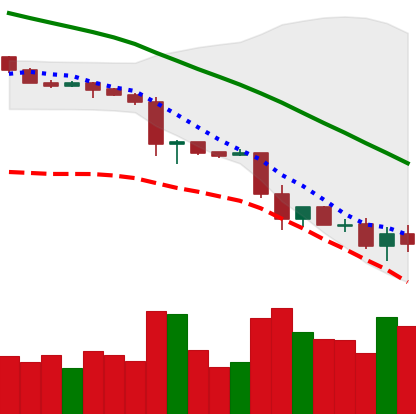
Ticker: LTC-USD
Chart end date: 2018-11-26
Forward return: 16.761%
Label: up_7plus